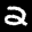
Label: 2